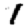
Digit: 1